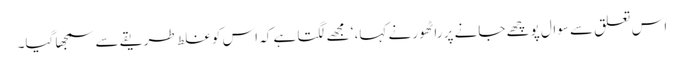
اس تعلق سے سوال پوچھے جانے پر راٹھور نے کہا، ‘ مجھے لگتا ہے کہ اس کو غلط طریقے سے سمجھا گیا۔